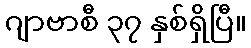
ဂျာဗာစီ ၃၇ နှစ်ရှိပြီ။